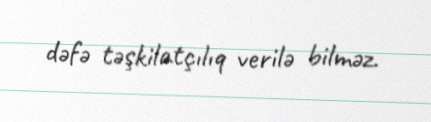
dəfə təşkilatçılıq verilə bilməz.